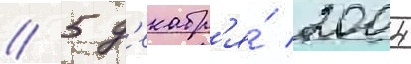
// 5 д'екабр'я́ 2004